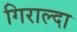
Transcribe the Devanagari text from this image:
गिराल्दा